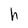
Character: h